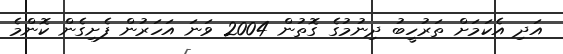
އަދި އެކަމަށް ތަރުހީބު ދިނުމުގެ ގޮތުން 2004 ވަނަ އަހަރުން ފެށިގެން ކޮންމެ